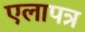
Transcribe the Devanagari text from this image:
एलापत्र